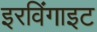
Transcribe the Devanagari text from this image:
इरविंगाइट